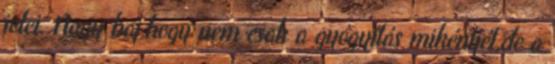
jelei. Nagy baj,hogy nem csak a gyógyítás mikéntjét,de a